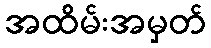
အထိမ်းအမှတ်